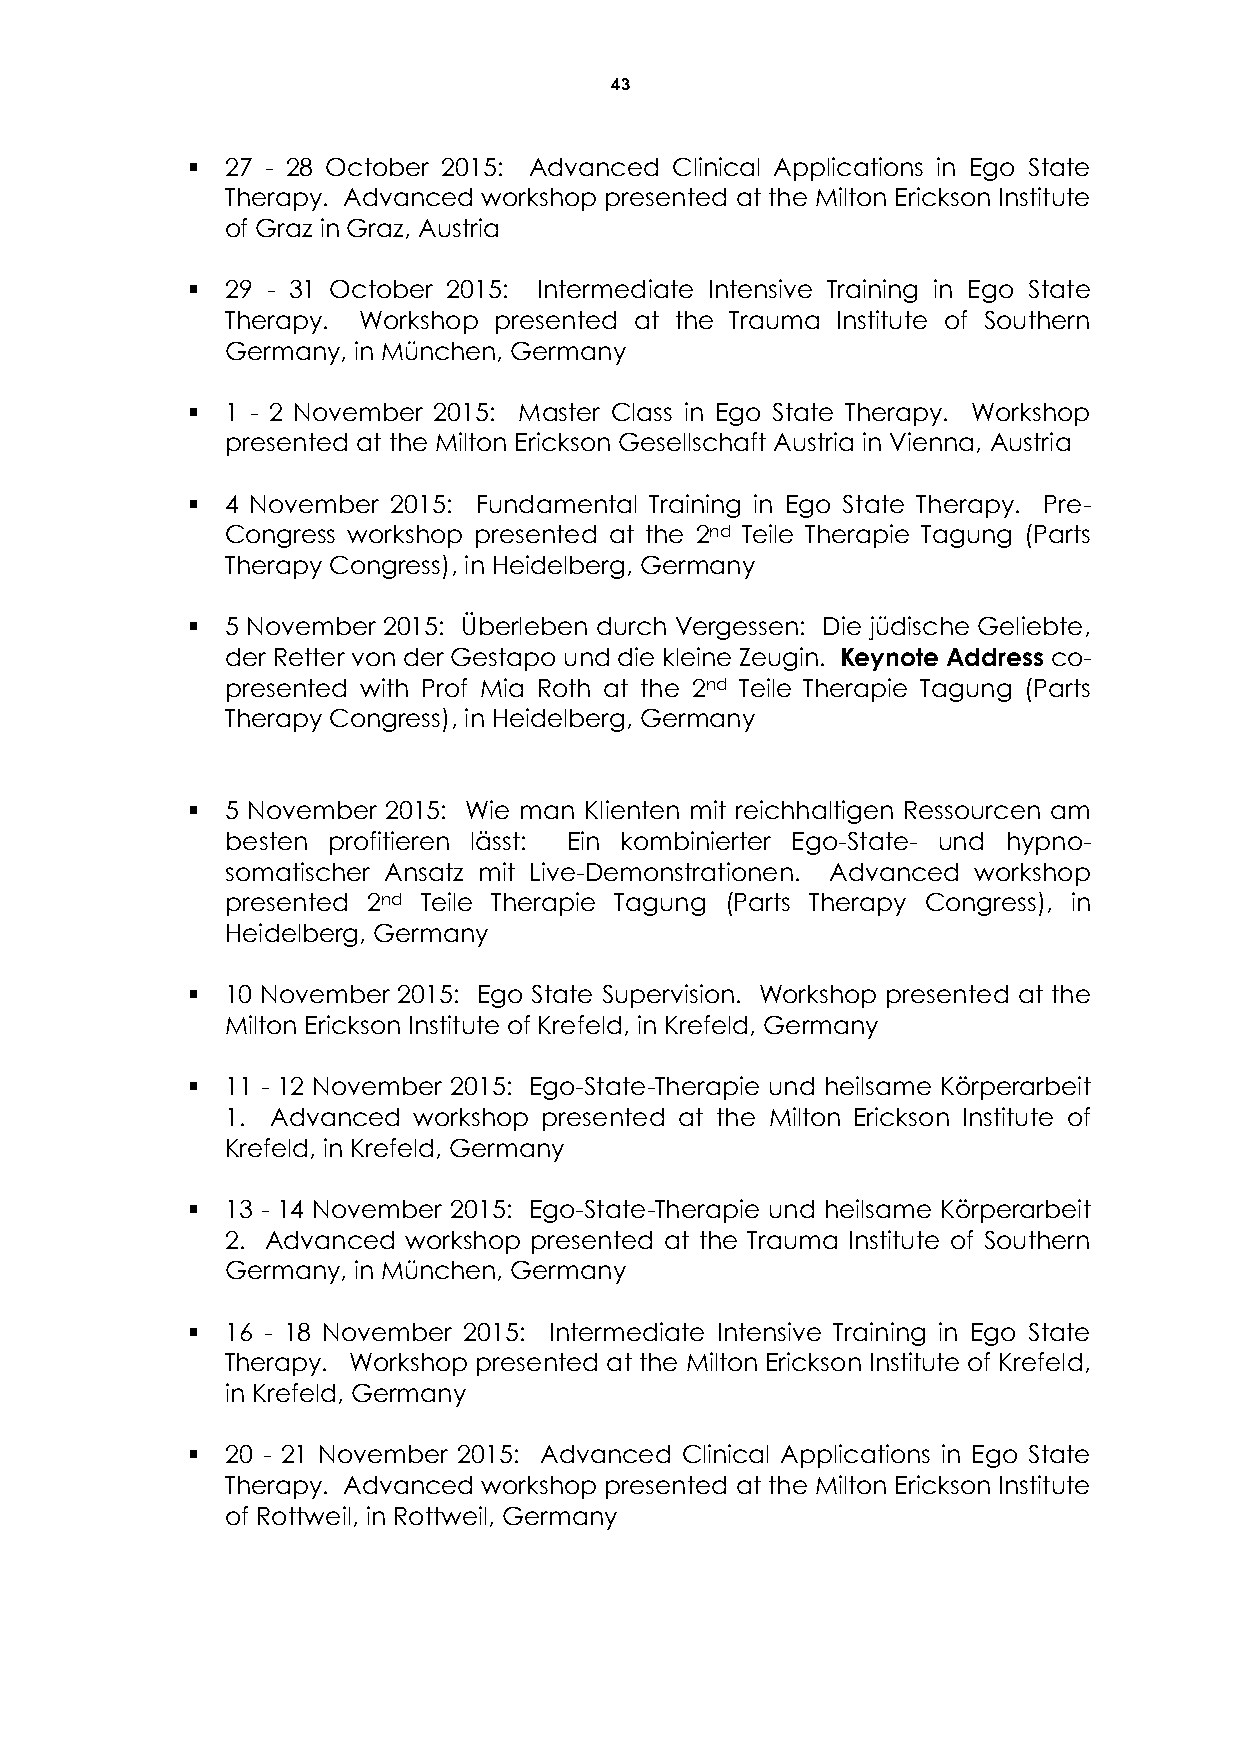
43
   27 - 28 October 2015: Advanced Clinical Applications in Ego State
 Therapy. Advanced workshop presented at the Milton Erickson Institute
 of Graz in Graz, Austria
   29 - 31 October 2015: Intermediate Intensive Training in Ego State
 Therapy. Workshop presented at the Trauma Institute of Southern
 Germany, in München, Germany
   1 - 2 November 2015: Master Class in Ego State Therapy. Workshop
 presented at the Milton Erickson Gesellschaft Austria in Vienna, Austria
   4 November 2015: Fundamental Training in Ego State Therapy. Pre-
 Congress workshop presented at the 2nd Teile Therapie Tagung (Parts
 Therapy Congress), in Heidelberg, Germany
   5 November 2015: Überleben durch Vergessen: Die jüdische Geliebte,
 der Retter von der Gestapo und die kleine Zeugin. Keynote Address co-
 presented with Prof Mia Roth at the 2nd Teile Therapie Tagung (Parts
 Therapy Congress), in Heidelberg, Germany
   5 November 2015: Wie man Klienten mit reichhaltigen Ressourcen am
 besten profitieren lässt: Ein kombinierter Ego-State- und hypno-
 somatischer Ansatz mit Live-Demonstrationen. Advanced workshop
 presented 2nd Teile Therapie Tagung (Parts Therapy Congress), in
 Heidelberg, Germany
   10 November 2015: Ego State Supervision. Workshop presented at the
 Milton Erickson Institute of Krefeld, in Krefeld, Germany
   11 - 12 November 2015: Ego-State-Therapie und heilsame Körperarbeit
 1. Advanced workshop presented at the Milton Erickson Institute of
 Krefeld, in Krefeld, Germany
   13 - 14 November 2015: Ego-State-Therapie und heilsame Körperarbeit
 2. Advanced workshop presented at the Trauma Institute of Southern
 Germany, in München, Germany
   16 - 18 November 2015: Intermediate Intensive Training in Ego State
 Therapy. Workshop presented at the Milton Erickson Institute of Krefeld,
 in Krefeld, Germany
   20 - 21 November 2015: Advanced Clinical Applications in Ego State
 Therapy. Advanced workshop presented at the Milton Erickson Institute
 of Rottweil, in Rottweil, Germany